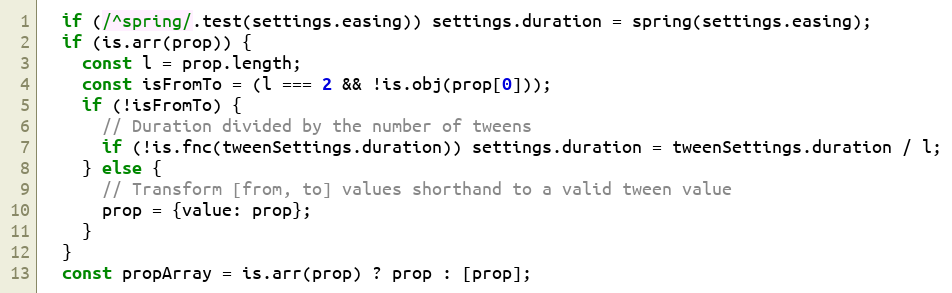
Language: JavaScript
  if (/^spring/.test(settings.easing)) settings.duration = spring(settings.easing);
  if (is.arr(prop)) {
    const l = prop.length;
    const isFromTo = (l === 2 && !is.obj(prop[0]));
    if (!isFromTo) {
      // Duration divided by the number of tweens
      if (!is.fnc(tweenSettings.duration)) settings.duration = tweenSettings.duration / l;
    } else {
      // Transform [from, to] values shorthand to a valid tween value
      prop = {value: prop};
    }
  }
  const propArray = is.arr(prop) ? prop : [prop];